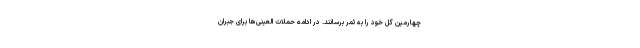
چهارمین گل خود را به ثمر برسانند. در ادامه حملات العینی‌ها برای جبران